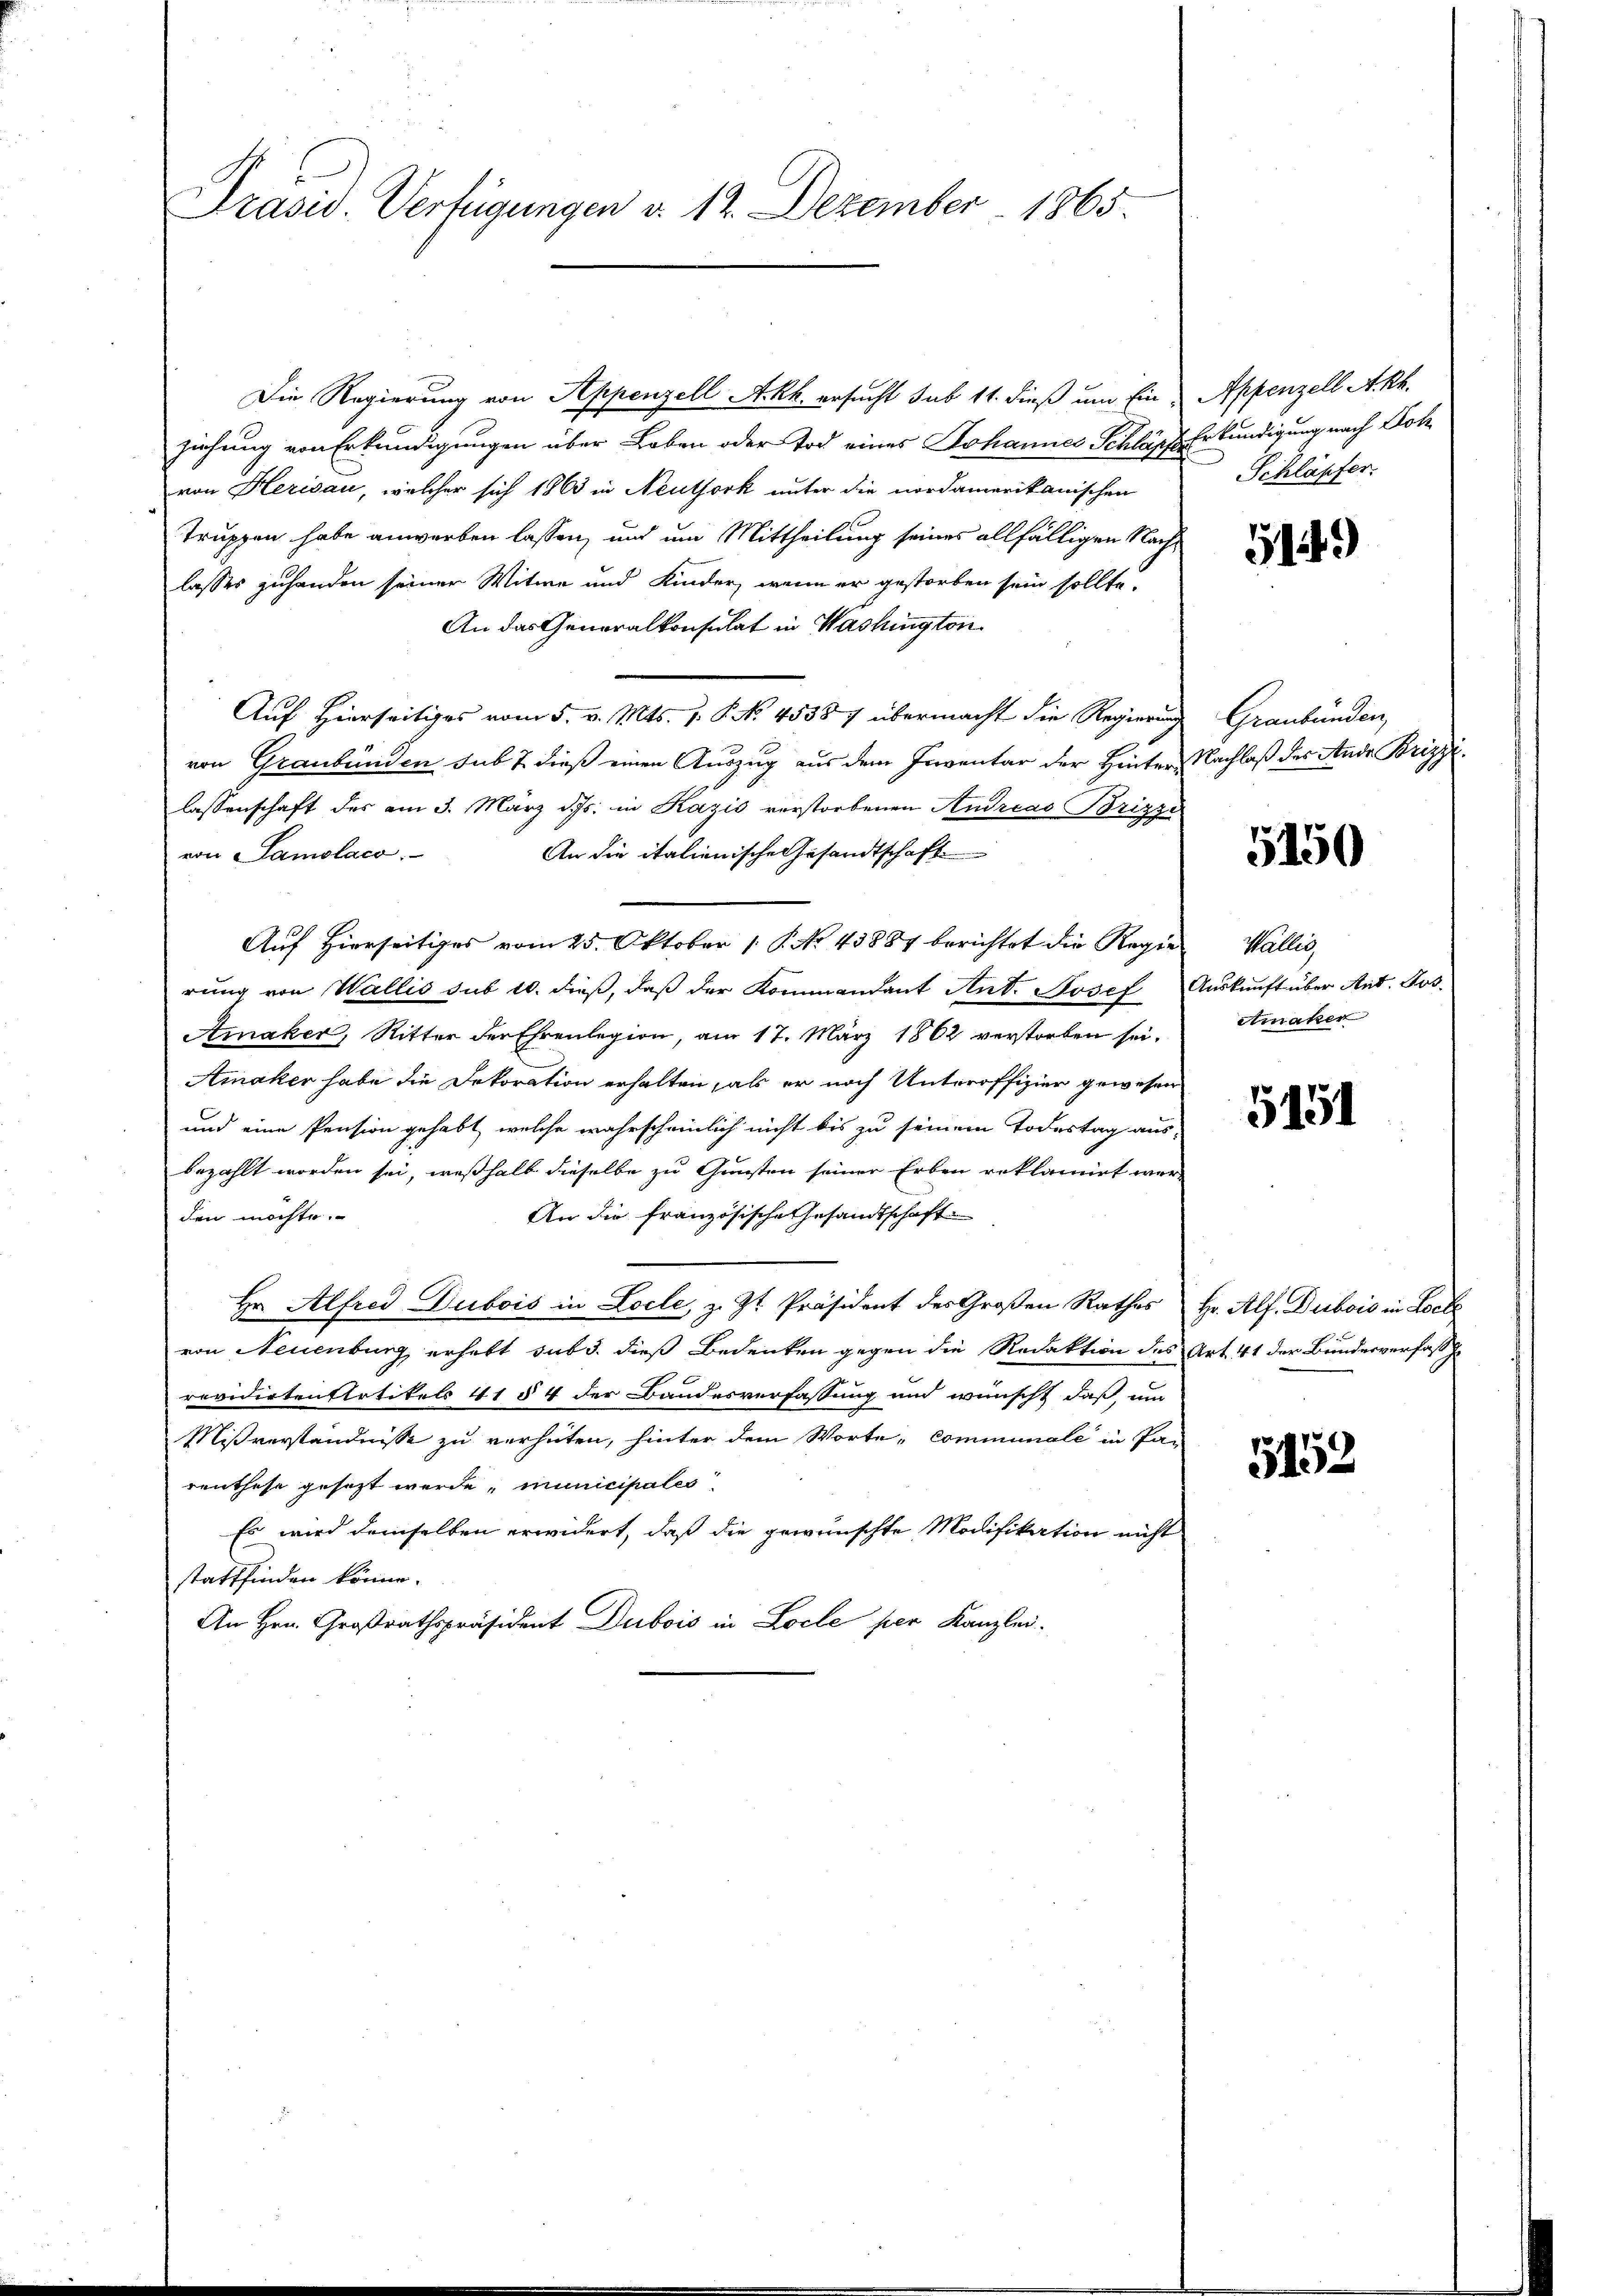
Präsid. Verfügungen d. 12. Dezember 1865.

Die Regierung von Appenzell A.Rh. ersucht sub 11. dieß um Ein-
ziehung von Erkundigungen über Loben oder Tod eines Johannes Schläpfe Erkundigung nach Loh
von Herisau, welcher sich 1863 in Neuthork unter die nordamerikanischen
Truppen habe anwerben lassen, und um Mittheilung seines allfälligen Nachlasses zuhanden seiner Witwe und Kinder, wenn er gestorben sein sollte.
An das Generalkonsulat in Washington
Auf Hierseitiges vom 5. v. Mts. v. P. Nr. 45387 übermacht die Regierung Graubünden
von Graubünden sub 7 dieß einen Auszug aus dem Inventar der Hinter Nachlaß des Ande Brizzilassenschaft des am 3. März d. Js. in Kazis verstorbenen Andreas Brizzi
An die italienische Gesandtschaft
von Samolaco.
Auf Hierseitiges vom 25. Oktober 1 P. No. 43884 berichtet die Regie
rung von Wallis sub 10. dieß, daß der Kommandant Ant. Josef
Ainaker, Ritter der Ehrenlegion, am 17. März 1862 verstorben sei.
Amaker habe die Dekoration erhalten, als er noch Unteroffizier gewesen
und eine Pension gehabt, welche wahrscheinlich nicht bis zu seinem Todestag aus-
bezahlt worden sei, weßhalb dieselbe zu Gunsten seiner Erben reklamirt werden möchte.
An die französische Gesandtschaft
Hr. Alfred Dubois in Locle, z. Zt. Präsident des Großen Rathes
von Neuenburg, erhebt sub 3. dieß Bedenken gegen die Redaktion des Art. 41 der Bundesverfass
revidirtenstatikels 41 § 4 der Bandesverfassung und wünscht, daß um
Mißverständnisse zu verhüten, hinter dem Worte „communale in Par
renthese gesezt werde, municipales
Es wird demselben erwidert, daß die gewünschte Modifikation nicht
stattfinden könne.
An Hrn. Großrathspräsident Dubois in Locle per Kanzlei.

Appenzell A.Rh.
Schläpfer.

519)

5150

Haller
Auskunft über Ant. Jos.
Atmater

5151

Hr. Alf. Dubois in Lock

5152